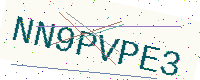
Text: NN9PVPE3